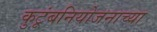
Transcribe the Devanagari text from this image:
कुटूंबनियोजनाच्या